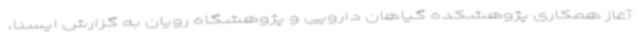
آغاز همکاری پژوهشکده گیاهان دارویی و پژوهشگاه رویان به گزارش ایسنا،